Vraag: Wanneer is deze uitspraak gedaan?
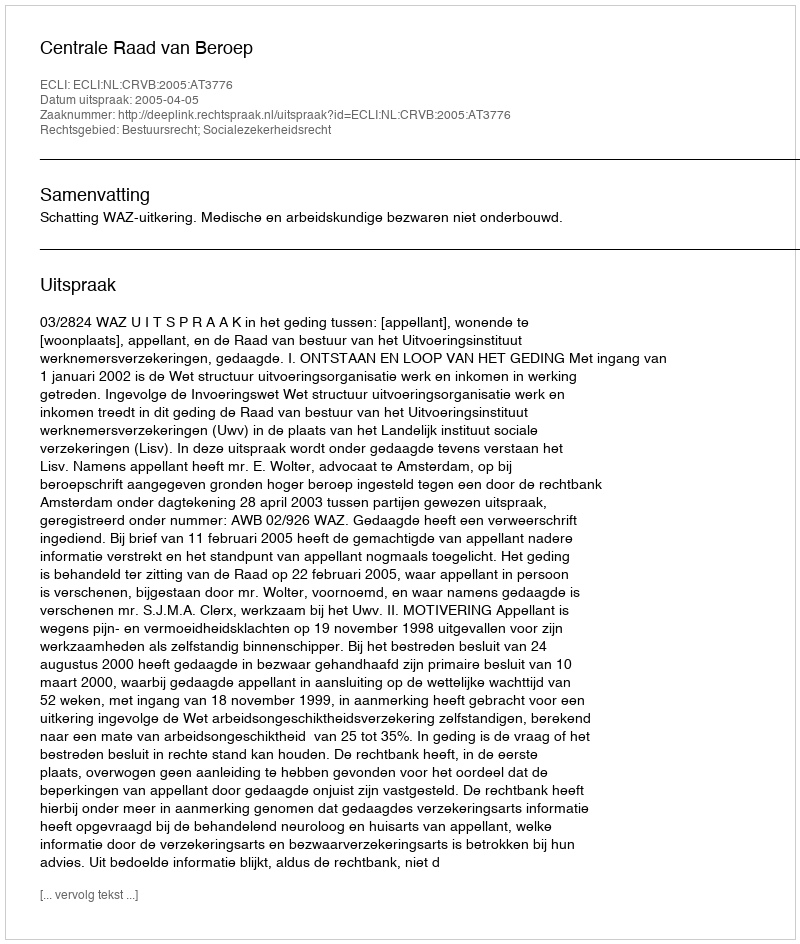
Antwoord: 2005-04-05